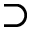
\supset